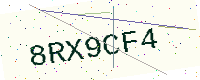
Text: 8RX9CF4